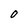
Character: O